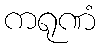
ကရုဏံ